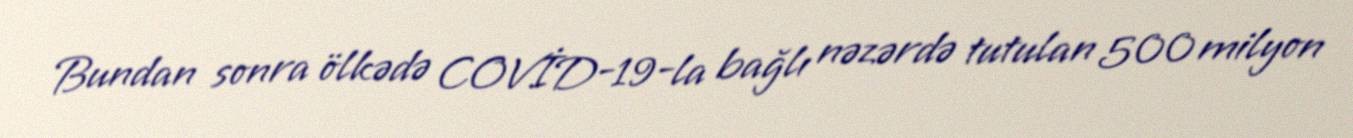
Bundan sonra ölkədə COVİD-19-la bağlı nəzərdə tutulan 500 milyon